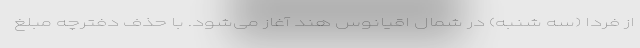
از فردا (سه شنبه) در شمال اقیانوس هند آغاز می‌شود. با حذف دفترچه مبلغ